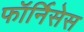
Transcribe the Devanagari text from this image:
फॉर्निसेस